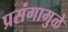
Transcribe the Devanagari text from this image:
प्रसंगामुळे